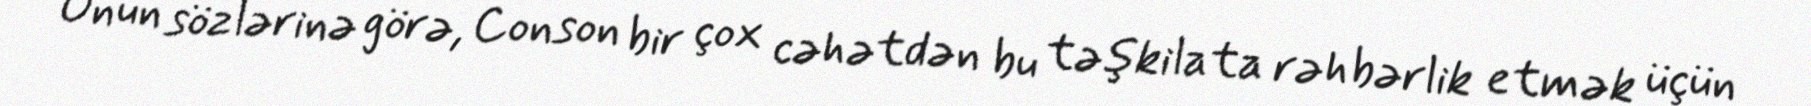
Onun sözlərinə görə, Conson bir çox cəhətdən bu təşkilata rəhbərlik etmək üçün